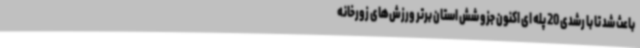
باعث شد تا با رشدی 20 پله ای اکنون جزو شش استان برتر ورزش‌های زورخانه